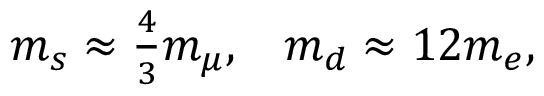
\begin{array} { c c } { { m _ { s } \approx \frac { 4 } { 3 } m _ { \mu } , } } & { { m _ { d } \approx 1 2 m _ { e } , } } \end{array}